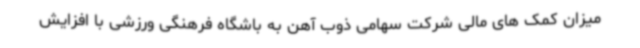
میزان کمک های مالی شرکت سهامی ذوب آهن به باشگاه فرهنگی ورزشی با افزایش